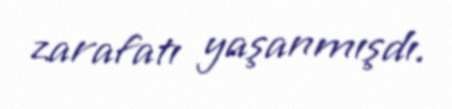
zarafatı yaşanmışdı.